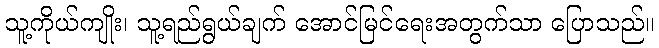
သူ့ကိုယ်ကျိုး၊ သူ့ရည်ရွယ်ချက် အောင်မြင်ရေးအတွက်သာ ပြောသည်။